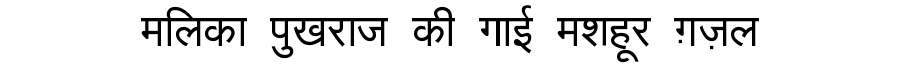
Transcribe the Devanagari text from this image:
मलिका पुखराज की गाई मशहूर ग़ज़ल